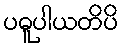
ပဓူပါယတိပိ